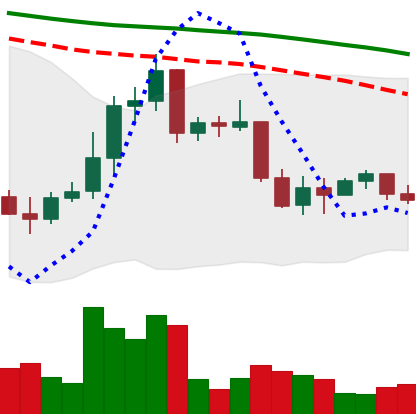
Ticker: XRP-USD
Chart end date: 2022-01-04
Forward return: -8.509%
Label: down_7plus